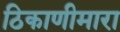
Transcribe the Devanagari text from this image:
ठिकाणीमारा